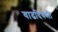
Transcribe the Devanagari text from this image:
वाढदिवसी